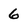
Character: 6